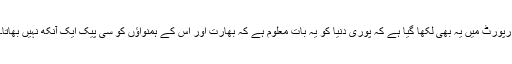
رپورٹ میں یہ بھی لکھا گیا ہے کہ پوری دنیا کو یہ بات معلوم ہے کہ بھارت اور اس کے ہمنواؤں کو سی پیک ایک آنکھ نہیں بھاتا۔